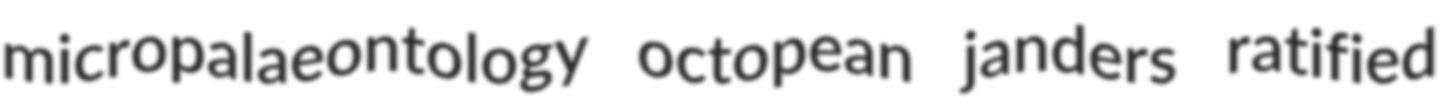
micropalaeontology octopean janders ratified